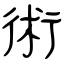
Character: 術